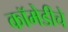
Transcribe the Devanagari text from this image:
कॉमेडीचे